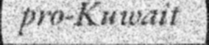
pro-Kuwait